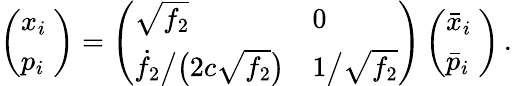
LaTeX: \left(\begin{array}{l}{x_{i}\ }\\ {p_{i}}\end{array}\right)=\left(\begin{array}{ll}{\sqrt{f_{2}}}&{0\ }\\ {\dot{f}_{2}\big/\big(2c\sqrt{f_{2}}\big)}&{1\big/\sqrt{f_{2}}}\end{array}\right)\left(\begin{array}{l}{\bar{x}_{i}\ }\\ {\bar{p}_{i}}\end{array}\right)\, .